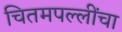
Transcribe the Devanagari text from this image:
चितमपल्लींचा